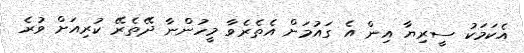
އެކަމަކު ސީރިޔާ އިން އެ ގައުމަށް އެތެރެވާ މީހުންނާ ދޭތެރޭ ކުރިއަށް ވުރެ